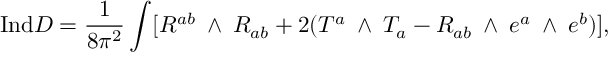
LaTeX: { \mathrm { I n d } } D = \frac { 1 } { 8 \pi ^ { 2 } } \int [ R ^ { a b } \mathrm { \tiny ~ \wedge ~ } R _ { a b } + 2 ( T ^ { a } \mathrm { \tiny ~ \wedge ~ } T _ { a } - R _ { a b } \mathrm { \tiny ~ \wedge ~ } e ^ { a } \mathrm { \tiny ~ \wedge ~ } e ^ { b } ) ] ,